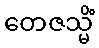
တေဇသ္မိံ